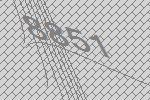
8851